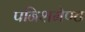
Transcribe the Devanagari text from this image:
पनिशमेण्ट